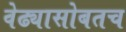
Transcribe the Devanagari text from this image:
वेढ्यासोबतच